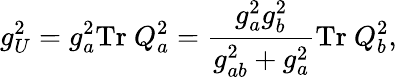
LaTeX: g_{U}^{2}=g_{a}^{2}\mathrm{Tr}~Q_{a}^{2}={\frac{g_{a}^{2}g_{b}^{2}}{g_{ab}^{2}+g_{a}^{2}}}\mathrm{Tr}~Q_{b}^{2},